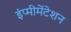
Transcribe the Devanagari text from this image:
इंप्मीमेंटेशन